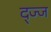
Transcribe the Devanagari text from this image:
द्ज्ज